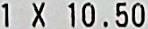
1 X 10.50